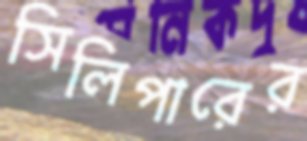
সিলিপারের